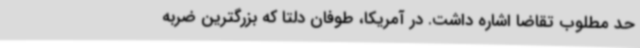
حد مطلوب تقاضا اشاره داشت. در آمریکا، طوفان دلتا که بزرگترین ضربه